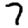
Digit: 7